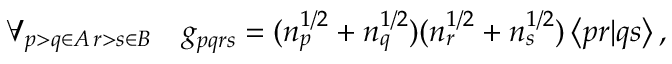
\forall _ { \substack { p > q \in A \, r > s \in B } } \ \ \ g _ { p q r s } = ( n _ { p } ^ { 1 / 2 } + n _ { q } ^ { 1 / 2 } ) ( n _ { r } ^ { 1 / 2 } + n _ { s } ^ { 1 / 2 } ) \left\langle p r | q s \right\rangle ,